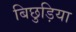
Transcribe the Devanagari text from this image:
बिछुड़िया